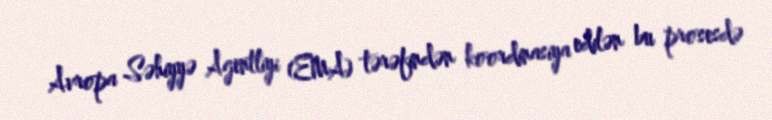
Avropa Səhiyyə Agentliyi (EMA) tərəfindən koordinasiya edilən bu prosesdə